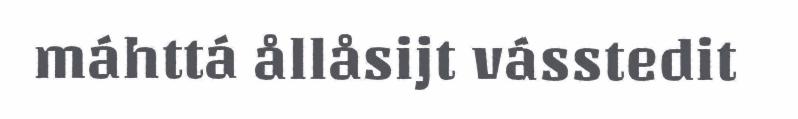
máhttá ållåsijt vásstedit